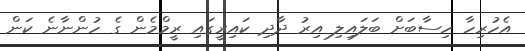
އެހުރިހާ ހިސާބަށް ބަލައިލި އިރު ދާދި ކައިރީގައި ރީމްމެން ގެ ހުންނާނެ ކަން